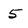
Character: 5